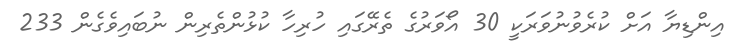
އިންޑިޔާ އަށް ކުރެވުނުވަރަކީ 30 އޯވަރުގެ ތެރޭގައި ހުރިހާ ކުޅުންތެރިން ނުބައިވެގެން 233